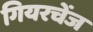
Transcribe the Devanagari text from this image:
गियरचेंज